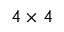
4 \times 4